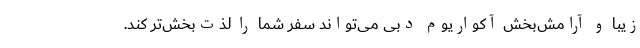
زیبا و آرامش‌بخش آکواریوم دبی می‌تواند سفر شما را لذت‌بخش‌تر کند.